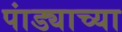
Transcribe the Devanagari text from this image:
पांड्याच्या